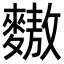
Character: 𪍮